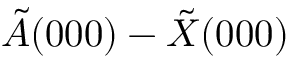
\tilde { A } ( 0 0 0 ) - \tilde { X } ( 0 0 0 )